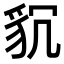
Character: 𮙧